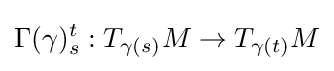
\Gamma (\gamma )_{s}^{t}:T_{\gamma (s)}M\to T_{\gamma (t)}M